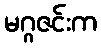
မဂ္ဂဇင်းက